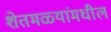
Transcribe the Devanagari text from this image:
शेतमळ्यांमधील